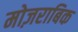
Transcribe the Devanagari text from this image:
मोज़राबिक